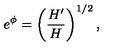
e ^ { \phi } = \left( \frac { H ^ { \prime } } { H } \right) ^ { 1 / 2 } ,